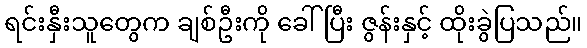
ရင်းနှီးသူတွေက ချစ်ဦးကို ခေါ်ပြီး ဇွန်းနှင့် ထိုးခွဲပြသည်။